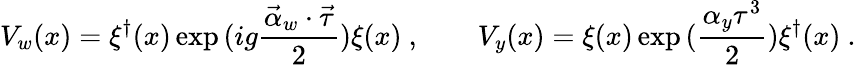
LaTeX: V_{w}(x)=\xi^{\dagger}(x)\exp{(ig\frac{{\vec{\alpha}_{w}}\cdot{\vec{\tau}}}{2})}\xi(x)\ ,\qquad V_{y}(x)=\xi(x)\exp{(\frac{\alpha_{y}\tau^{3}}{2})}\xi^{\dagger}(x)\ .